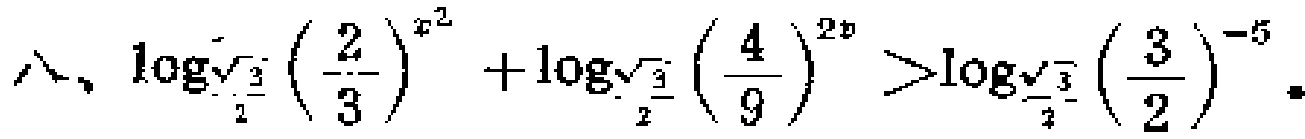
$\wedge,\log_{\frac{\sqrt{3}}{2}}\left(\frac{2}{3}\right)^{x^{2}}+\log_{\frac{\sqrt{3}}{2}}\left(\frac{4}{9}\right)^{2x}>\log_{\frac{\sqrt{3}}{2}}\left(\frac{3}{2}\right)^{-5}.$